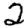
Digit: 2